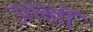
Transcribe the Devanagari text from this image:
उतरतीं